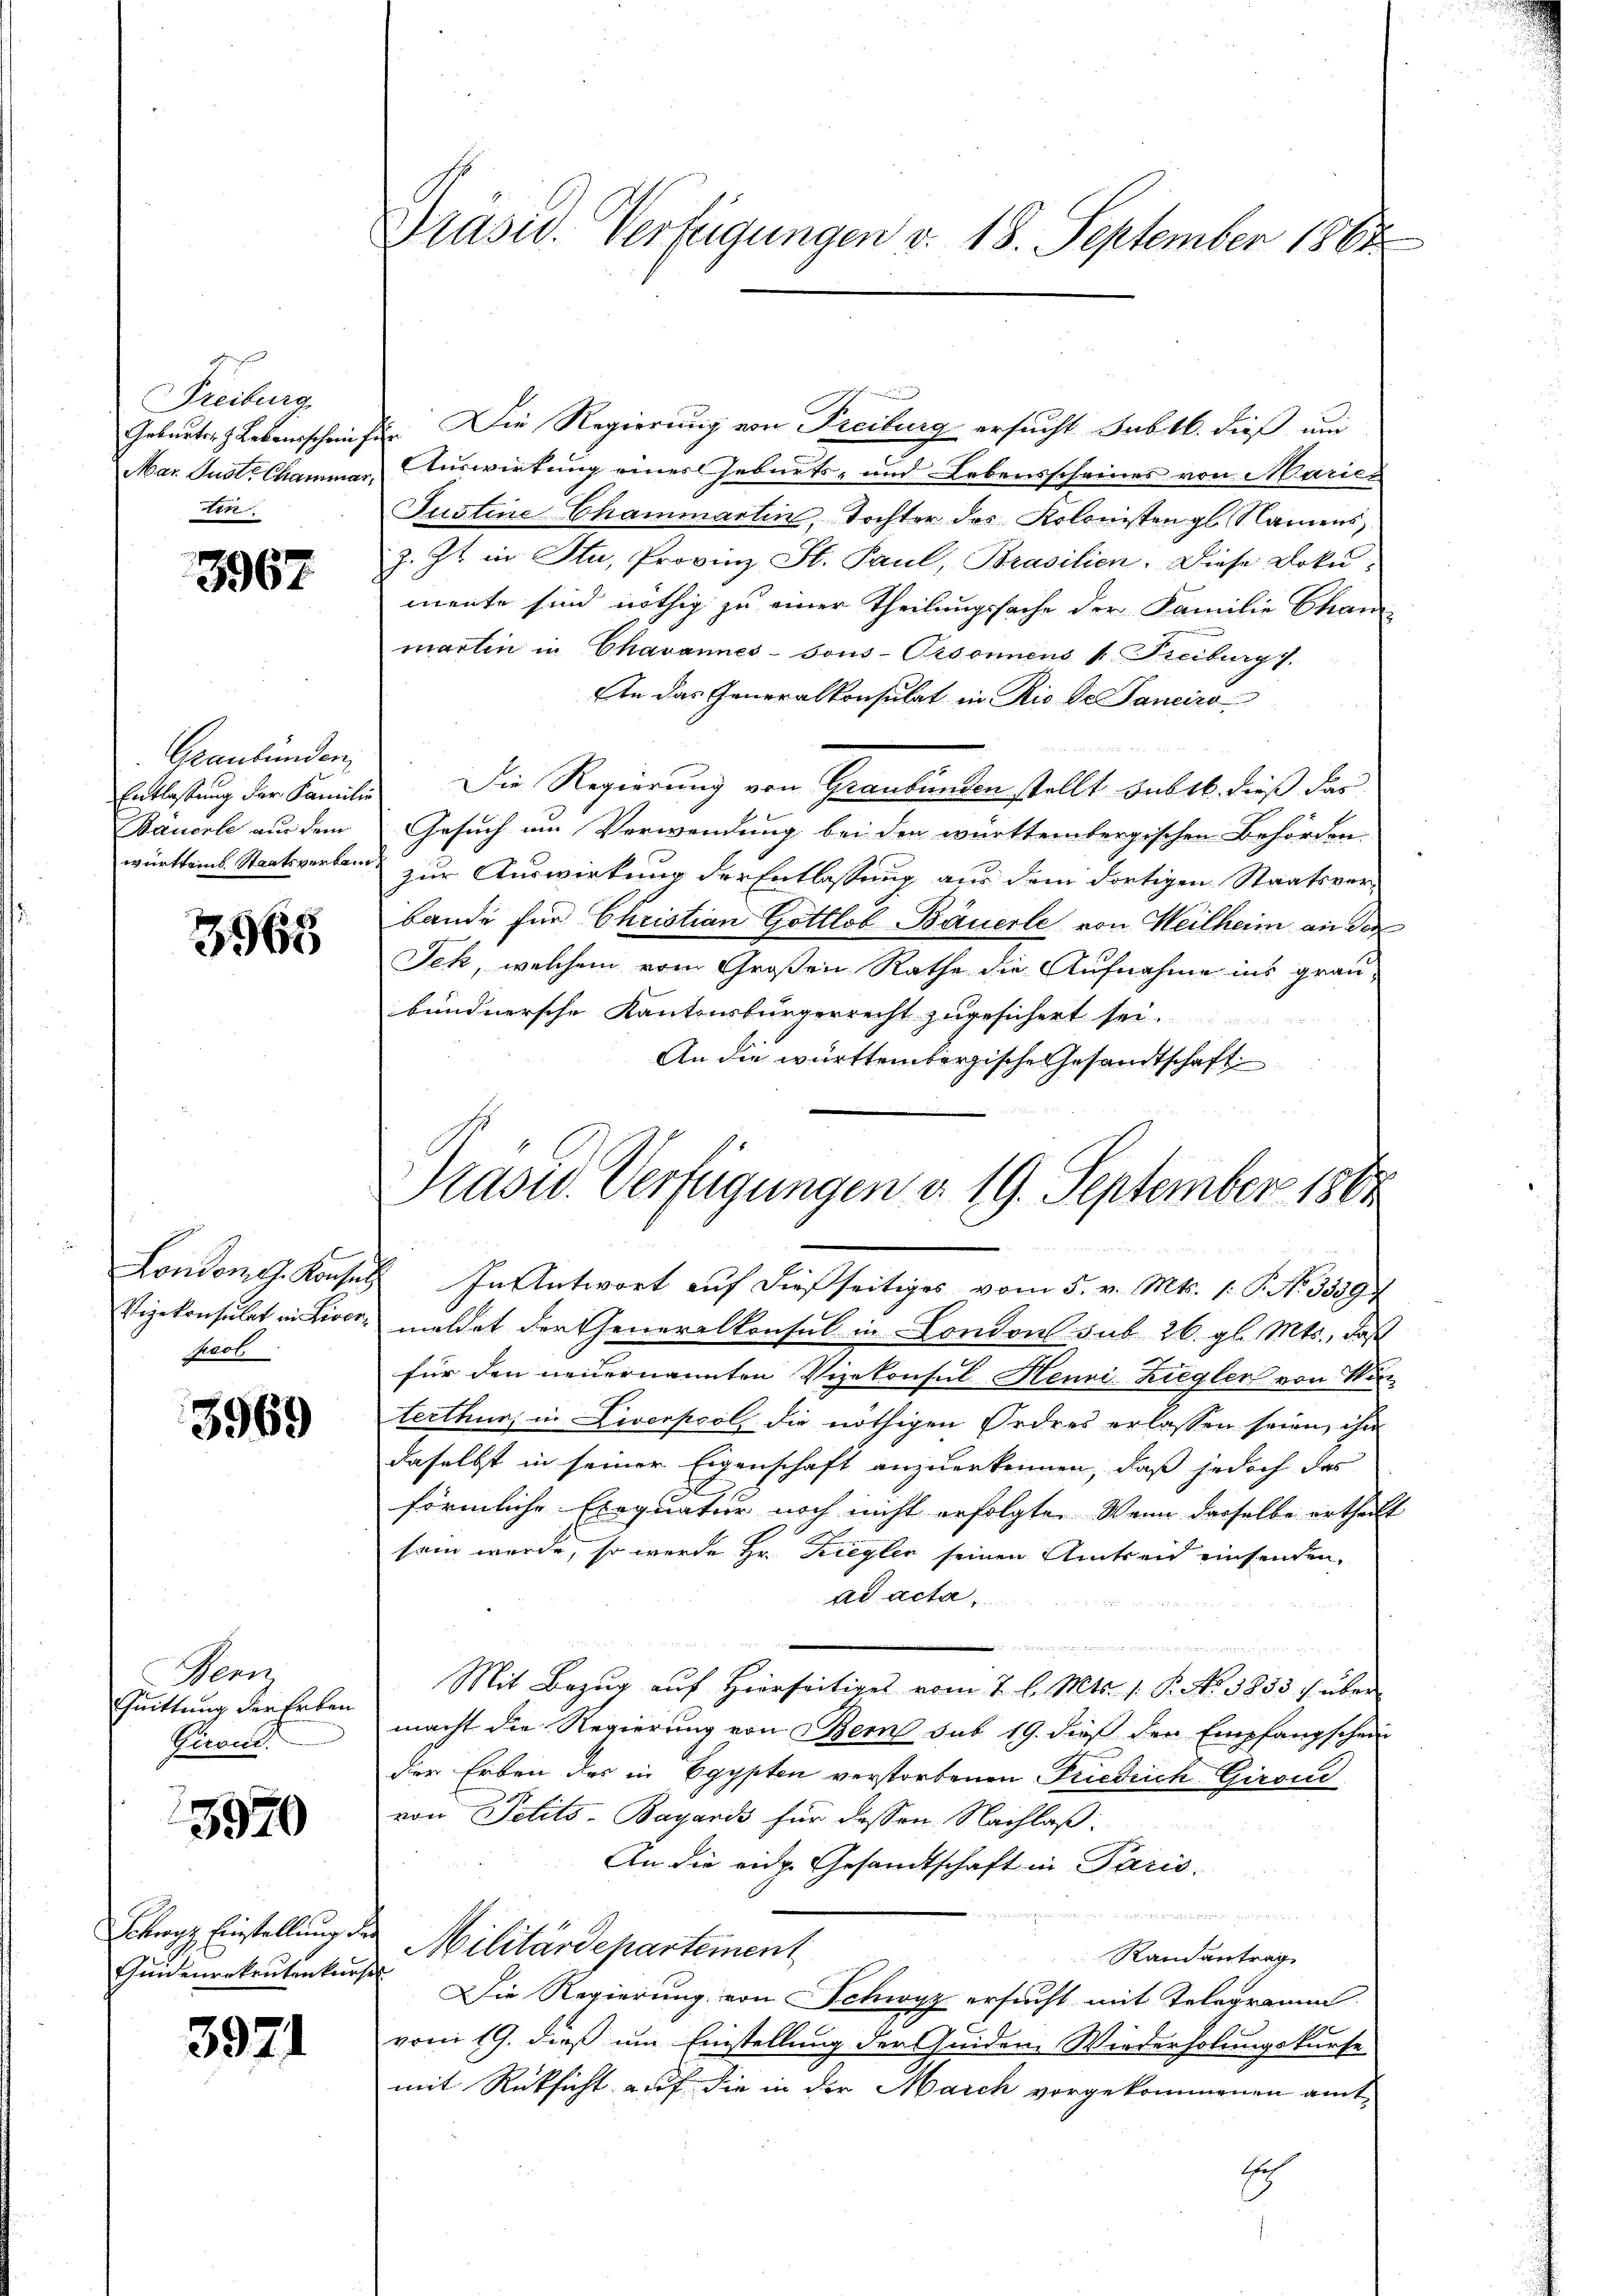
Freiburg,
tin

3967

Graubünden,
Bauerle aus dem

3965

Paol

3969

Bern
Quittung der Erben
Girend

5970

Ertrage Einstellung.
Hindenrekrutenkurses

3971

Geburter Lebensschein für Die Regierung von Freiburg ersucht subtl. dieß und
Mar. Just Chammer, Auswirkung eines Geburts- und Lebensscheines von Marie-
Justine Chammartin, Tochter des Kolonistengl. Namens,
z. Zt. in Stu, Provinz St. Paul, Brasilien. Diese Doku-
mnente sind nöthig zu einer Theilungssache der Familie Chan
martin in Chavannes-Sous-Orsonnens v. Freiburg s.
An das Generalkonsulat in Rio de Sanciro
Entlassung der Familie Die Regierung von Graubunken stellt sub 16. dieß das
Gesuch um Verwendung bei den württembergischen Behörden.
württemb. Staatsverben zur Auswirkung der Entlassung aus dem dortigen Staatsverbande für Christian Gottlob Bäuerle von Weilheim an der
Jek, welchem vom Großen Rathe die Aufnahme ins graubündnersche Kantonsbürgerrecht zugesichert sei.
An die württembergische Gesandtschaft

Präsid. Verfügungen v. 18. September 1864

London. Konsuls. In Antwort auf dießseitiges vom 5. v. Mts. 1. P. No 1539
Vizekonsulat in Livor, meldet der Generalkonsul in London sub 26. gl. Mts., daß
für den neuernannten Vizekonsul Henri-Ziegler von Mann
terthur, in Liverpool, die nöthigen Ordres erlassen seien, ihn
daselbst in seiner Eigenschaft anzuerkennen, daß jedoch das
förmliche Exequation noch nicht erfolgte. Wenn dasselbe ertheilt
sam wurde, so wurde Hr. Zieglen seinen Amtseid einsenden,
ad acta.
Mit Bezŭg aŭf Hierseitiges vom 2. l. Mts. 1. P. No 3855/ über
macht die Regierung von Bem sub 19. dieß den Empfangschein
der Erben des in Egypten verstorbenen Friedrich Girond
von Petits-Bayards für dessen Nachlaß:
An die eidg. Gesandtschaft in Paris.
d
2 Militärdepartement
Randantrag
Die Regierung von Schwyz ersucht mit Telegramm
vom 19. dieß um Einstellung der Quiden Wiederholungskurse
mit Rücksicht auf die in der March vorgekommenen amtsch

Pasid. Verfügungen d. 19. September 1864